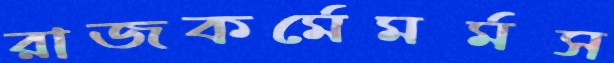
রাজকর্মেমর্মস